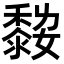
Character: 𪏾